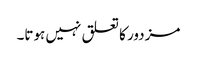
مزدور کا تعلق نہیں ہوتا۔